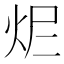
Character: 𤆾